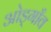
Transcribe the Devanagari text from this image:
ओड्गाँव